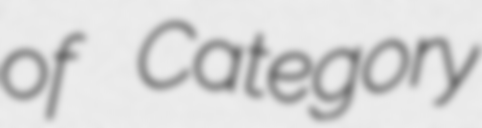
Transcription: of Category